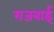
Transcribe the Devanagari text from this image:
राजबाई